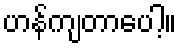
ဟန်ကျတာပေါ့။